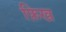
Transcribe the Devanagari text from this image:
फ़िख